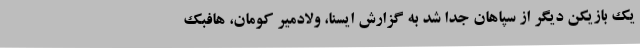
یک بازیکن دیگر از سپاهان جدا شد به گزارش ایسنا، ولادمیر کومان، هافبک